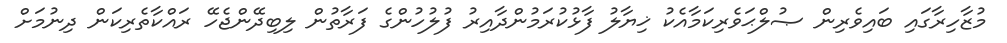
މުޒާހިރާގައި ބައިވެރިން ޞުލްޙަވެރިކަމާއެކު ޚިޔާލު ފާޅުކުރަމުންދާއިރު ފުލުހުންގެ ފަރާތުން ލިބިދޭންޖެހޭ ރައްކާތެރިކަން ދިނުމަށް